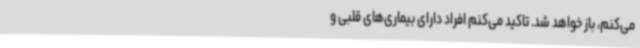
می‌کنم، باز خواهد شد. تاکید می‌کنم افراد دارای بیماری‌های قلبی و